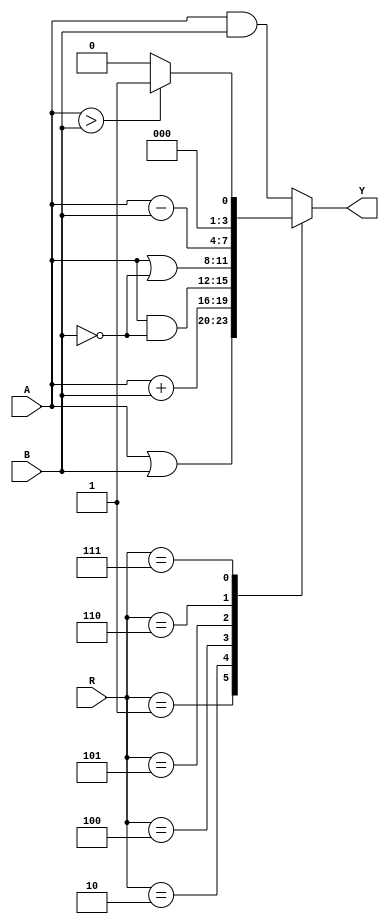
module ALU(input wire [3:0] A, input wire [3:0] B, input wire [2:0] R, output reg [3:0] Y);
  always @ ( * ) begin
  case(R)
      3'b000: Y = A & B;
      3'b001: Y = A | B;
      3'b010: Y = A + B;
      default: Y = A & B;
      3'b100: Y = A & ~B;
      3'b101: Y = A | ~B;
      3'b110: Y = A - B;
      3'b111: Y = (A > B)?3'b001 :3'b000;
  endcase
  end
endmodule